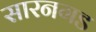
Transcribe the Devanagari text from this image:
सारनगड